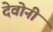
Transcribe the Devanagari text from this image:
देवोनी